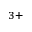
^ { 3 + }